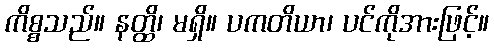
ကိစ္စသည်။ နတ္ထိ၊ မရှိ။ ပကတိယာ၊ ပင်ကိုအားဖြင့်။